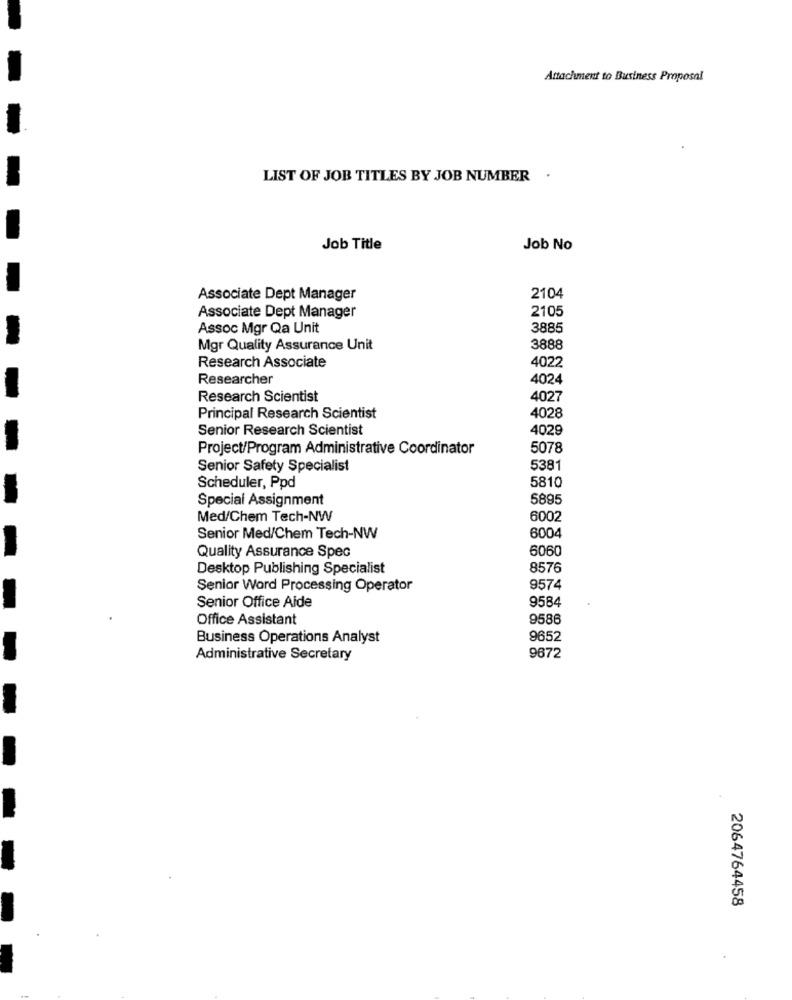
Attachment to Business Proposal
LIST OF JOB TITLES BY JOB NUMBER .
Job Title
Job No
Associate Dept Manager
2104
2105
Associate Dept Manager
Assoc Mgr Qa Unit
3885
Mgr Quality Assurance Unit
3888
Research Associate
4022
Researcher
4024
Research Scientist
4027
Principal Research Scientist
4028
Senior Research Scientist
4029
Project/Program Administrative Coordinator
5078
Senior Safety Specialist
5381
5810
Scheduler, Ppd
Special Assignment
5895
Med/Chem Tech-NW
6002
Senior Med/Chem Tech-NW
6004
6060
Quality Assurance Spec
Desktop Publishing Specialist
8576
Senior Word Processing Operator
9574
Senior Office Aide
9584
Office Assistant
9586
Business Operations Analyst
9652
Administrative Secretary
9672
-
2064764458